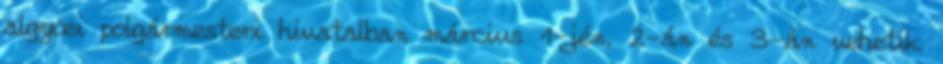
algyœi polgármesteri hivatalban március 1-jén, 2-án és 3-án vehetik